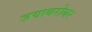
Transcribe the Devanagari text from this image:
जयाबरोबर